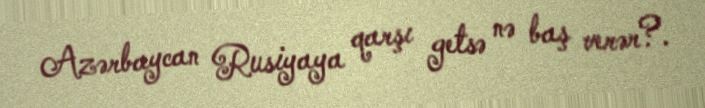
Azərbaycan Rusiyaya qarşı getsə nə baş verər?.